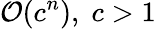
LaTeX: {\mathcal{O}}(c^{n}),\; c>1